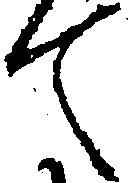
て